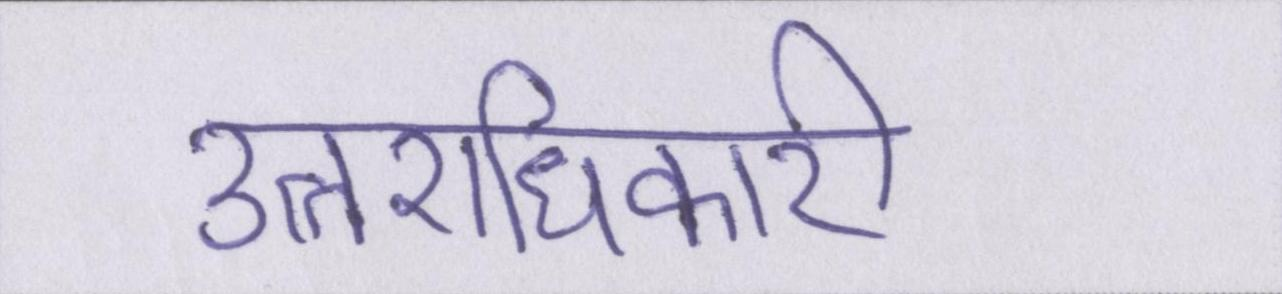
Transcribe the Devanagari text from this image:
उत्तराधिकारी